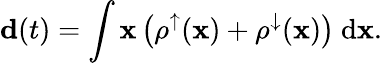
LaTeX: {\mathbf d}(t)=\int{{\mathbf x}\left(\rho^{\uparrow}({\mathbf x})+\rho^{\downarrow}({\mathbf x})\right)\ \mathrm{d}{\mathbf x}}.